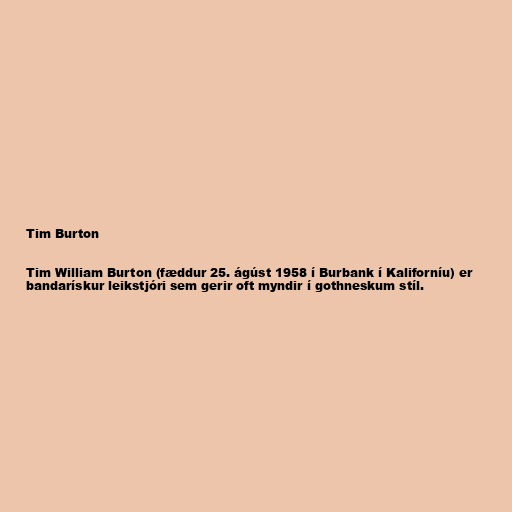
Tim Burton

Tim William Burton (fæddur 25. ágúst 1958 í Burbank í Kaliforníu) er
bandarískur leikstjóri sem gerir oft myndir í gothneskum stíl.